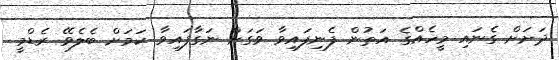
ދަށަށް ގެނައި މީހެއްގެ އަތުން ފެނިފައިވާ ވަގަށް ނަގާފައިވާ ކަމަށް ބެލެވޭ ރެޑްމީ